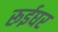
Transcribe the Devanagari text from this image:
रूईघर